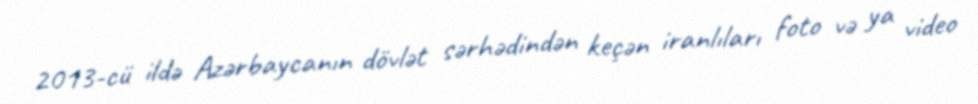
2013-cü ildə Azərbaycanın dövlət sərhədindən keçən iranlıları foto və ya video